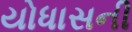
યોધાસની